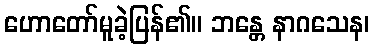
ဟောတော်မူခဲ့ပြန်၏။ ဘန္တေ နာဂသေန၊